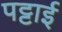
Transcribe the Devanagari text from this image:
पट्टाई